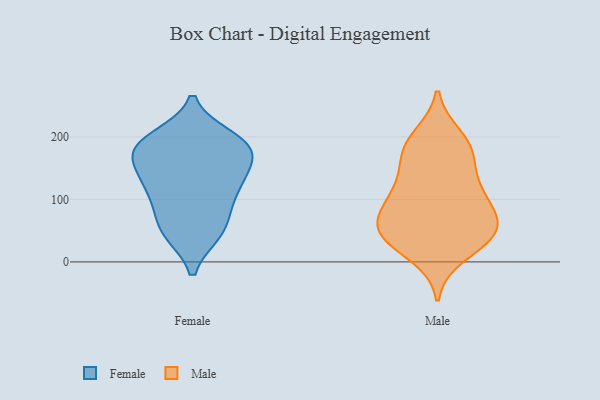
{"axis": {"x": "Bounce Rate (%)", "y": "Value"}, "legend": ["Female", "Male"], "data": [{"x": "", "y": 46, "type": "Female"}, {"x": "", "y": 133, "type": "Female"}, {"x": "", "y": 186, "type": "Female"}, {"x": "", "y": 199, "type": "Female"}, {"x": "", "y": 185, "type": "Female"}, {"x": "", "y": 179, "type": "Female"}, {"x": "", "y": 89, "type": "Female"}, {"x": "", "y": 177, "type": "Female"}, {"x": "", "y": 164, "type": "Female"}, {"x": "", "y": 129, "type": "Female"}, {"x": "", "y": 137, "type": "Female"}, {"x": "", "y": 46, "type": "Female"}, {"x": "", "y": 49, "type": "Female"}, {"x": "", "y": 194, "type": "Female"}, {"x": "", "y": 118, "type": "Female"}, {"x": "", "y": 87, "type": "Female"}, {"x": "", "y": 60, "type": "Male"}, {"x": "", "y": 43, "type": "Male"}, {"x": "", "y": 50, "type": "Male"}, {"x": "", "y": 200, "type": "Male"}, {"x": "", "y": 107, "type": "Male"}, {"x": "", "y": 111, "type": "Male"}, {"x": "", "y": 78, "type": "Male"}, {"x": "", "y": 189, "type": "Male"}, {"x": "", "y": 40, "type": "Male"}, {"x": "", "y": 115, "type": "Male"}, {"x": "", "y": 50, "type": "Male"}, {"x": "", "y": 181, "type": "Male"}, {"x": "", "y": 36, "type": "Male"}, {"x": "", "y": 171, "type": "Male"}, {"x": "", "y": 11, "type": "Male"}, {"x": "", "y": 147, "type": "Male"}, {"x": "", "y": 82, "type": "Male"}]}